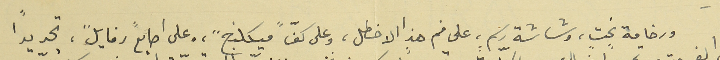
ورخامة نحتٍ، وشاشة رسم،ٍ على فم هذا الاخطل، وعلى كفّ "ميكلنج"، وعلى اصابع "رفايل"، تجديداً